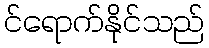
င်ရောက်နိုင်သည်